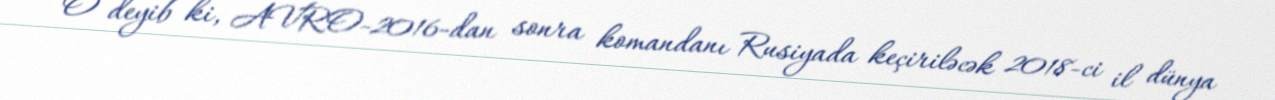
O deyib ki, AVRO-2016-dan sonra komandanı Rusiyada keçiriləcək 2018-ci il dünya